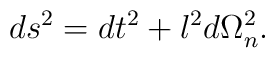
ds^2 =dt^2 +l^2 d\Omega_n^2.